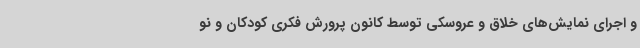
و اجرای نمایش‌های خلاق و عروسکی توسط کانون پرورش فکری کودکان و نو